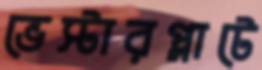
ভেস্টারপ্লাটে